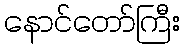
နောင်တော်ကြီး